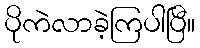
ပိုကဲလာခဲ့ကြပါပြီ။